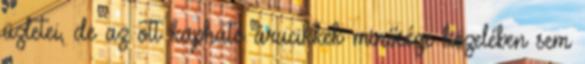
üzletei, de az ott kapható árucikkek minősége közelében sem